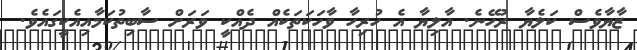
ޒާޔާވެސް ކަލެޔާ ރުހޭނެ. އާލިޔާ އެ ހުރިހާ ވާހަކަތަކެއް ދެއްކީ ވަރަށް ސާބިތުކަމާއިއެކީގައެވެ.